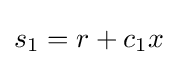
s_{1}=r+c_{1}x